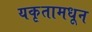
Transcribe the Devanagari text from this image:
यकृतामधून